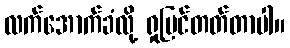
လက်အောက်ခံလို့ ရှုမြင်တတ်တာပါ။